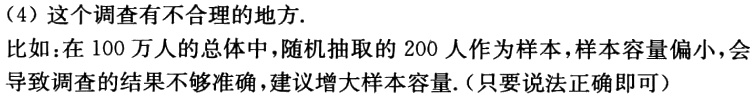
（4）这个调查有不合理的地方.
比如：在100万人的总体中，随机抽取的200人作为样本，样本容量偏小，会导致调查的结果不够准确，建议增大样本容量.（只要说法正确即可）